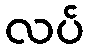
လပ်